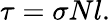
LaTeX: \tau=\sigma Nl.